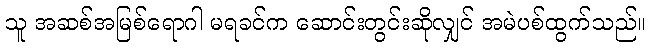
သူ အဆစ်အမြစ်ရောဂါ မရခင်က ဆောင်းတွင်းဆိုလျှင် အမဲပစ်ထွက်သည်။